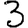
Digit: 3